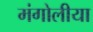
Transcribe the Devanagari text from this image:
मंगोलीया